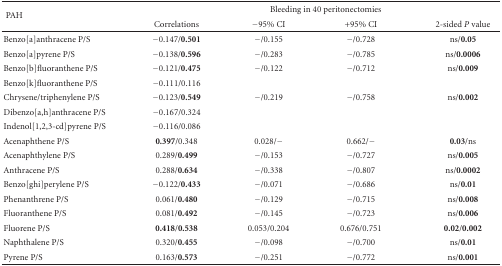
<table><thead><tr><td rowspan="2"><b> PAH</b></td><td colspan="4"><b>Bleeding in 40 peritonectomies</b></td></tr><tr><td><b>Correlations</b></td><td><b>−95% CI</b></td><td><b>+95% CI</b></td><td><b>2-sided <i>P</i> value</b></td></tr></thead><tbody><tr><td>Benzo[a]anthracene P/S</td><td>−0.147/<b>0.501</b></td><td>−/0.155</td><td>−/0.728</td><td>ns/<b>0.05</b></td></tr><tr><td>Benzo[a]pyrene P/S</td><td>−0.138/<b>0.596</b></td><td>−/0.283</td><td>−/0.785</td><td>ns/<b>0.0006</b></td></tr><tr><td>Benzo[b]fluoranthene P/S</td><td>−0.121/<b>0.475</b></td><td>−/0.122</td><td>−/0.712</td><td>ns/<b>0.009</b></td></tr><tr><td>Benzo[k]fluoranthene P/S</td><td>−0.111/0.116</td><td></td><td></td><td></td></tr><tr><td>Chrysene/triphenylene P/S</td><td>−0.123/<b>0.549</b></td><td>−/0.219</td><td>−/0.758</td><td>ns/<b>0.002</b></td></tr><tr><td>Dibenzo[a,h]anthracene P/S</td><td>−0.167/0.324</td><td></td><td></td><td></td></tr><tr><td>Indenol[1,2,3-cd]pyrene P/S</td><td>−0.116/0.086</td><td></td><td></td><td></td></tr><tr><td>Acenaphthene P/S</td><td><b>0.397</b>/0.348</td><td>0.028/−</td><td>0.662/−</td><td><b>0.03</b>/ns</td></tr><tr><td>Acenaphthylene P/S</td><td>0.289/<b>0.499</b></td><td>−/0.153</td><td>−/0.727</td><td>ns/<b>0.005</b></td></tr><tr><td>Anthracene P/S</td><td>0.288/<b>0.634</b></td><td>−/0.338</td><td>−/0.807</td><td>ns/<b>0.0002</b></td></tr><tr><td>Benzo[ghi]perylene P/S</td><td>−0.122/<b>0.433</b></td><td>−/0.071</td><td>−/0.686</td><td>ns/<b>0.01</b></td></tr><tr><td>Phenanthrene P/S</td><td>0.061/<b>0.480</b></td><td>−/0.129</td><td>−/0.715</td><td>ns/<b>0.008</b></td></tr><tr><td>Fluoranthene P/S</td><td>0.081/<b>0.492</b></td><td>−/0.145</td><td>−/0.723</td><td>ns/<b>0.006</b></td></tr><tr><td>Fluorene P/S</td><td><b>0.418</b>/<b>0.538</b></td><td>0.053/0.204</td><td>0.676/0.751</td><td><b>0.02</b>/<b>0.002</b></td></tr><tr><td>Naphthalene P/S</td><td>0.320/<b>0.455</b></td><td>−/0.098</td><td>−/0.700</td><td>ns/<b>0.01</b></td></tr><tr><td>Pyrene P/S</td><td>0.163/<b>0.573</b></td><td>−/0.251</td><td>−/0.772</td><td>ns/<b>0.001</b></td></tr></tbody></table>